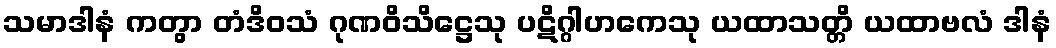
သမာဒါနံ ကတွာ တံဒိဝသံ ဂုဏဝိသိဋ္ဌေသု ပဋိဂ္ဂါဟကေသု ယထာသတ္တိ ယထာဗလံ ဒါနံ